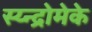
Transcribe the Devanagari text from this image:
स्य्न्द्रोमेके